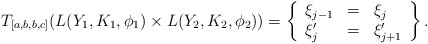
\begin{align*} T_{[a,b,b,c]} (L(Y_1,K_1,\phi_1) \times L(Y_{2},K_{2},\phi_{2})) = \left\{ \begin{array}{lll} \xi_{j-1} &=& \xi_j \\ \xi'_j &=& \xi_{j+1}' \end{array} \right\}.\end{align*}